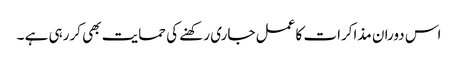
اس دوران مذاکرات کا عمل جاری رکھنے کی حمایت بھی کررہی ہے ۔